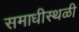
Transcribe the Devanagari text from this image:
समाधीस्थळी